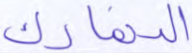
الدنمارك